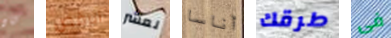
كان الرقص لعشر أناسا طرقك فى